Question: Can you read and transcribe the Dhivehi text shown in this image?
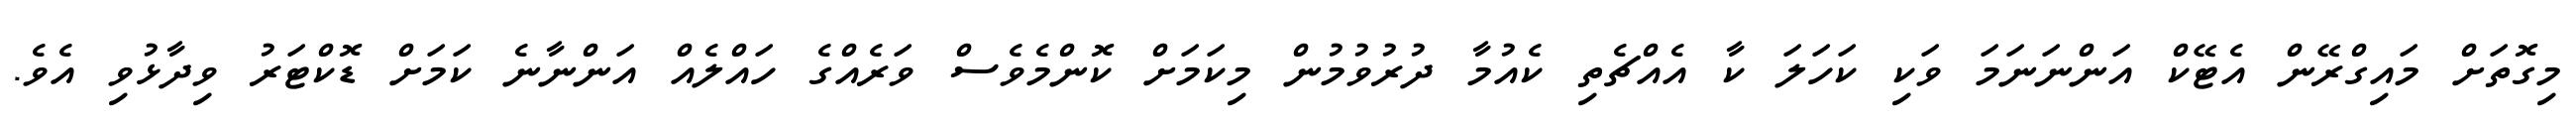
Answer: މިގޮތަށް މައިގްރޭން އެޓޭކް އަންނަނަމަ ވަކި ކަހަލަ ކާ އެއްޗެތި ކެއުމާ ދުރުވުމުން މިކަމަށް ކޮންމެވެސް ވަރެއްގެ ހައްލެއް އަންނާނެ ކަމަށް ޑޮކްޓަރު ވިދާޅުވި އެވެ.